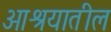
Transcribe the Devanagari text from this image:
आश्रयातील